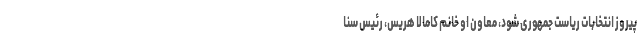
پیروز انتخابات ریاست جمهوری شود، معاون او خانم کامالا هریس، رئیس سنا